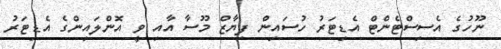
ނޫހުގެ އެސިސްޓެންޓް އެޑިޓަރު ހުސައިން ފިޔާޒް މޫސާ އާއި ވީ އޮންލައިންގެ އެޑިޓަރު